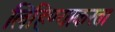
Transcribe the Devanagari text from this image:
लिहिण्याकरता